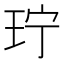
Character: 𬍜